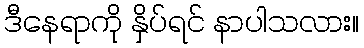
ဒီနေရာကို နှိပ်ရင် နာပါသလား။